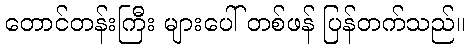
တောင်တန်းကြီး များပေါ် တစ်ဖန် ပြန်တက်သည်။